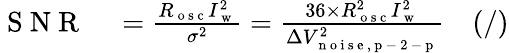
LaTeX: \begin{array}{rlr}{\mathrm{~S~N~R~}}&{{}=\frac{R_{\mathrm{~o~s~c~}}I_{\mathrm{~w~}}^{2}}{\sigma^{2}}=\frac{36\times R_{\mathrm{~o~s~c~}}^{2}I_{\mathrm{~w~}}^{2}}{\Delta V_{\mathrm{~n~o~i~s~e~,~p~-~2~-~p~}}^{2}}}&{(/)}\end{array}